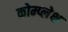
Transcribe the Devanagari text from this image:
कोम्प्लेक्ष